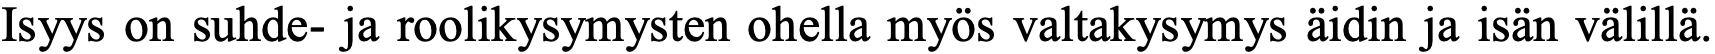
Isyys on suhde- ja roolikysymysten ohella myös valtakysymys äidin ja isän välillä.